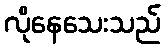
လိုနေသေးသည်